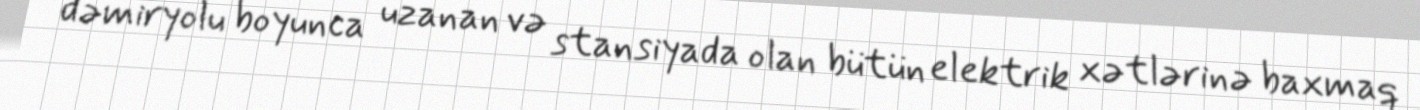
dəmiryolu boyunca uzanan və stansiyada olan bütün elektrik xətlərinə baxmaq